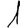
Digit: 1